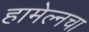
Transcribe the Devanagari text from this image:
हामेल्नचा